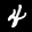
Label: 4